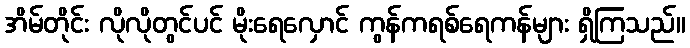
အိမ်တိုင်း လိုလိုတွင်ပင် မိုးရေလှောင် ကွန်ကရစ်ရေကန်များ ရှိကြသည်။